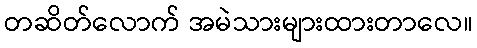
တဆိတ်လောက် အမဲသားများထားတာလေ။